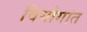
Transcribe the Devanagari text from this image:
वियोगांत